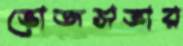
ভোজসভার